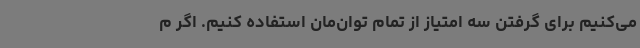
می‌کنیم برای گرفتن سه امتیاز از تمام توان‌مان استفاده کنیم. اگر م